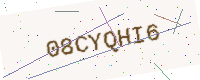
Text: 08CYQHI6